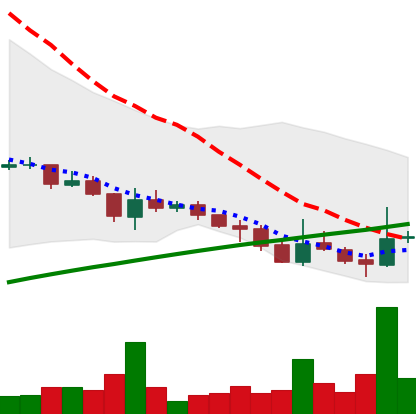
Ticker: DOGE-USD
Chart end date: 2021-07-22
Forward return: 7.63%
Label: up_7plus